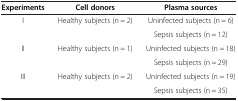
<table><thead><tr><td><b>Experiments</b></td><td><b>Cell donors</b></td><td><b>Plasma sources</b></td></tr></thead><tbody><tr><td>I</td><td>Healthy subjects (n = 2)</td><td>Uninfected subjects (n = 6)</td></tr><tr><td> </td><td> </td><td>Sepsis subjects (n = 12)</td></tr><tr><td>II</td><td>Healthy subjects (n = 1)</td><td>Uninfected subjects (n = 18)</td></tr><tr><td> </td><td> </td><td>Sepsis subjects (n = 29)</td></tr><tr><td>III</td><td>Healthy subjects (n = 2)</td><td>Uninfected subjects (n = 19)</td></tr><tr><td> </td><td> </td><td>Sepsis subjects (n = 35)</td></tr></tbody></table>